Bréfritari: Aðalbjartur Bjarnason (Albert Arnason)
Dagsetning: A-1901-01-14
Skrifað á: Vesturheimi

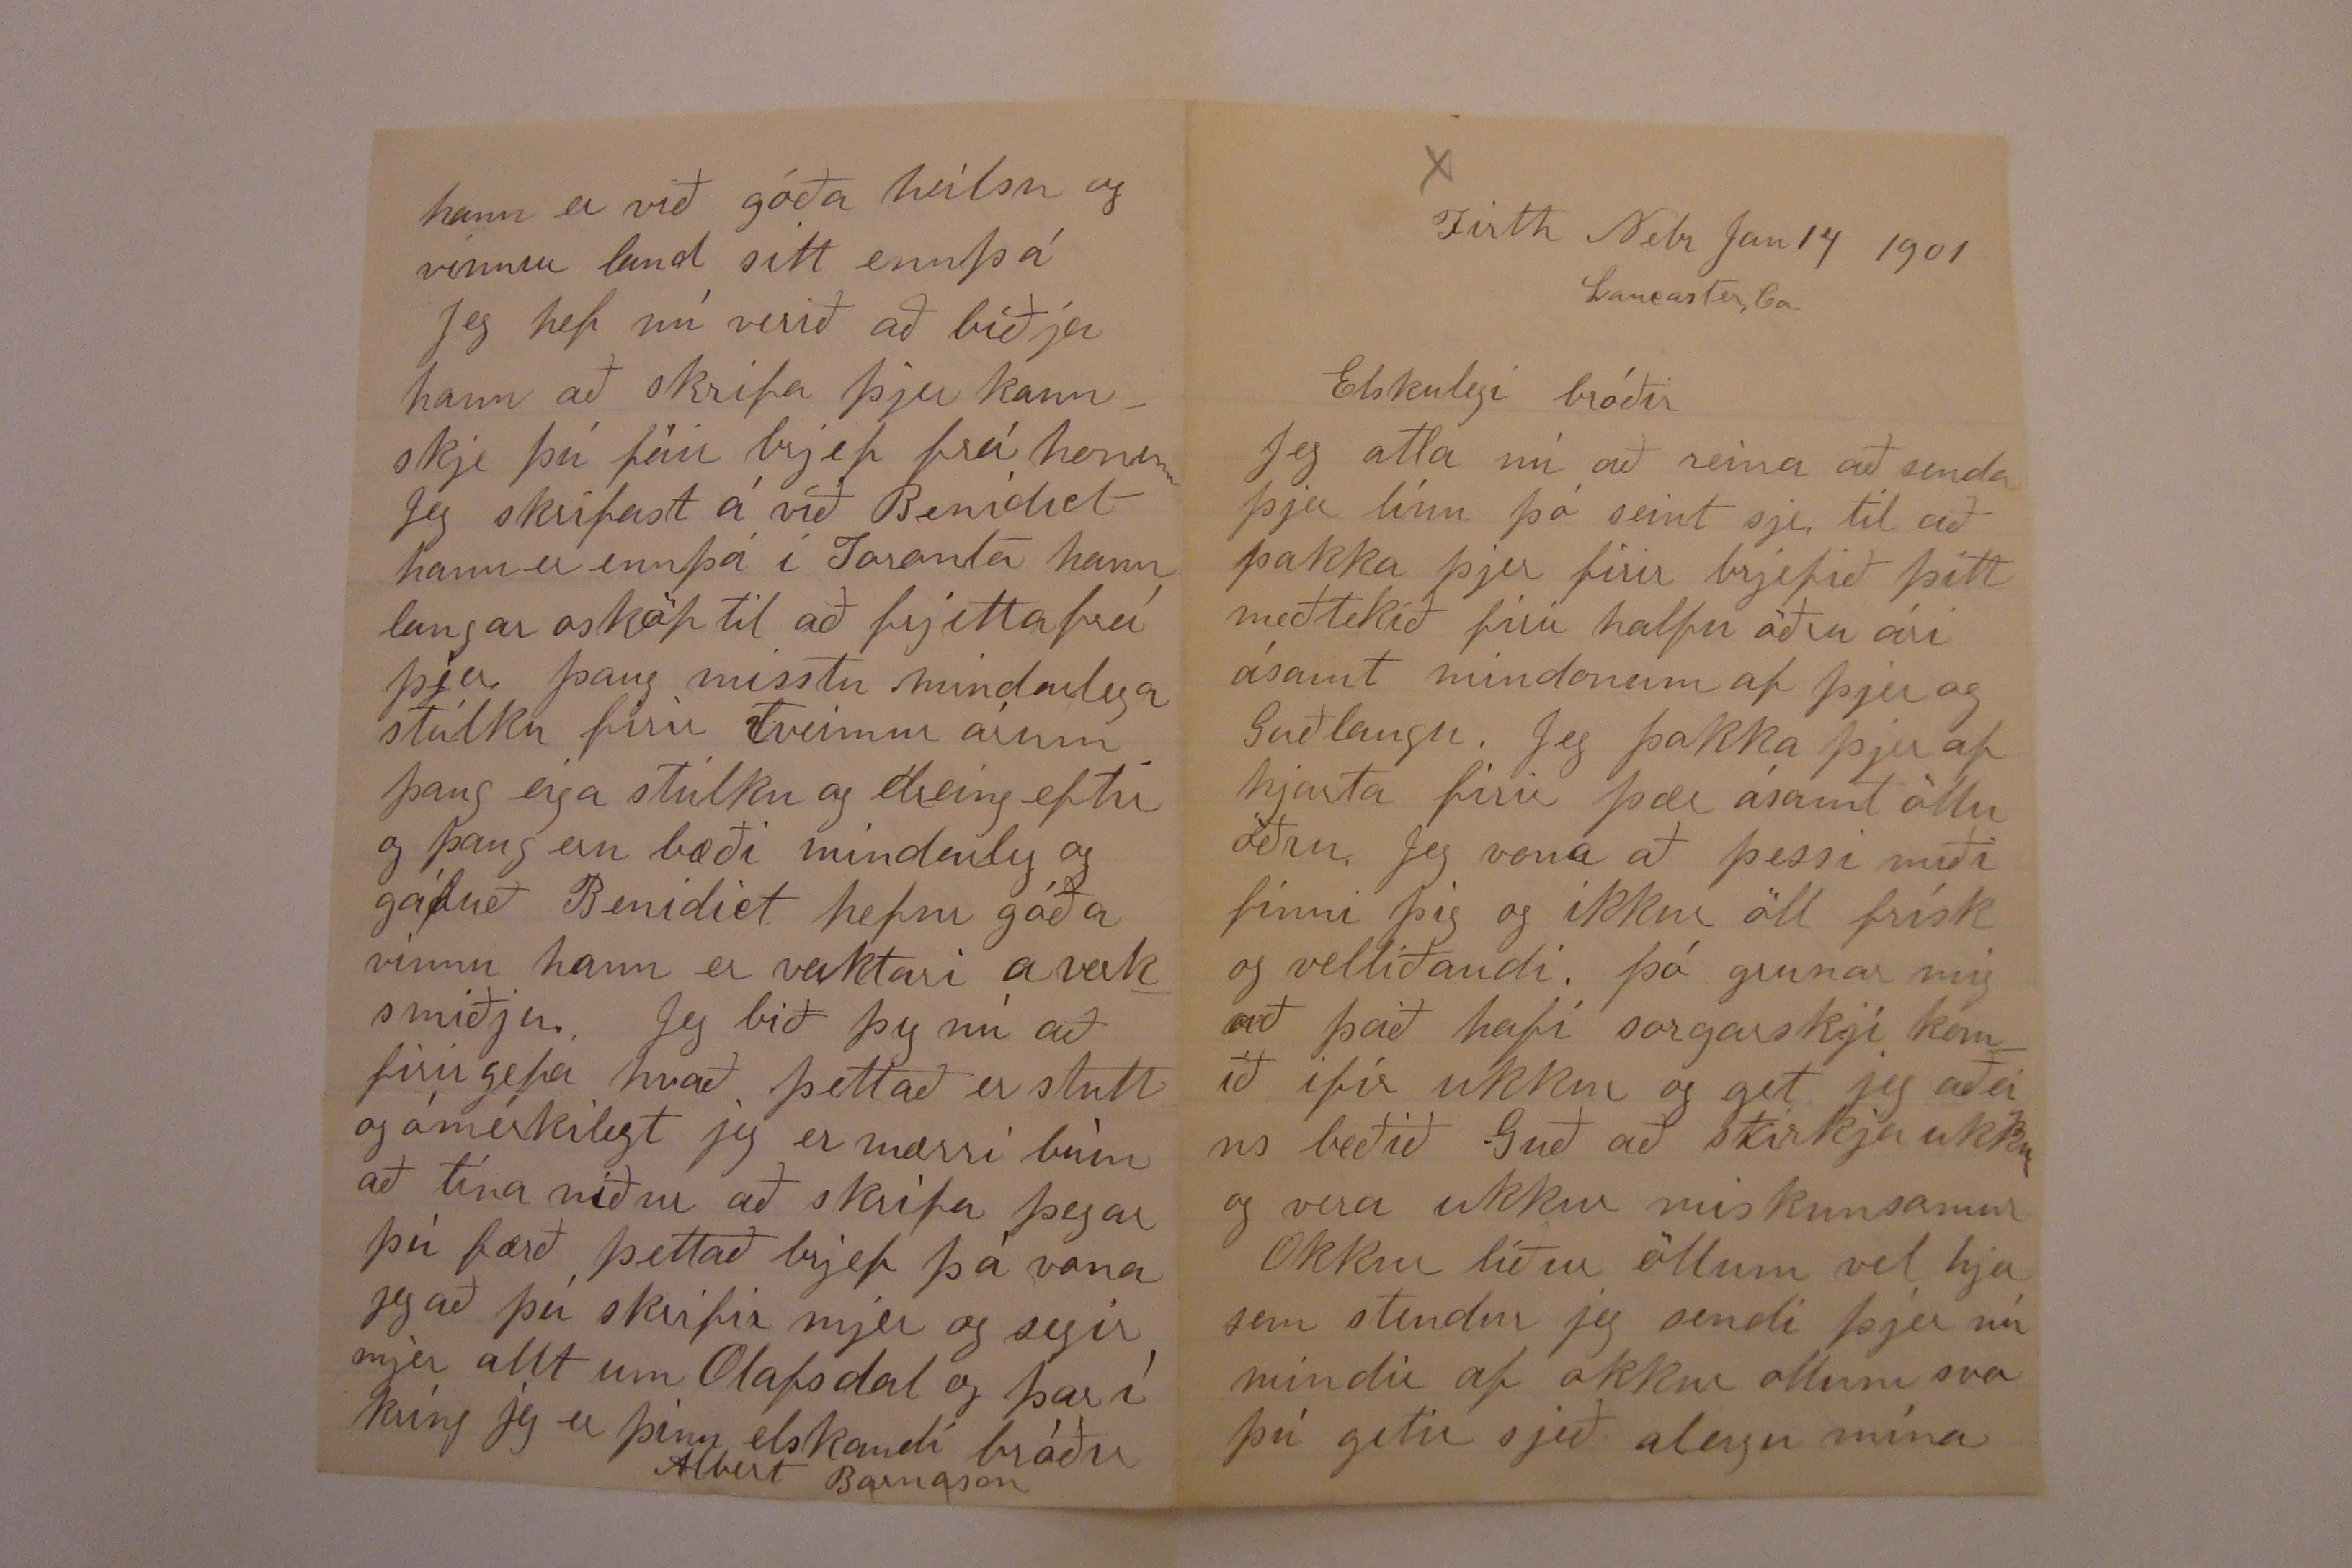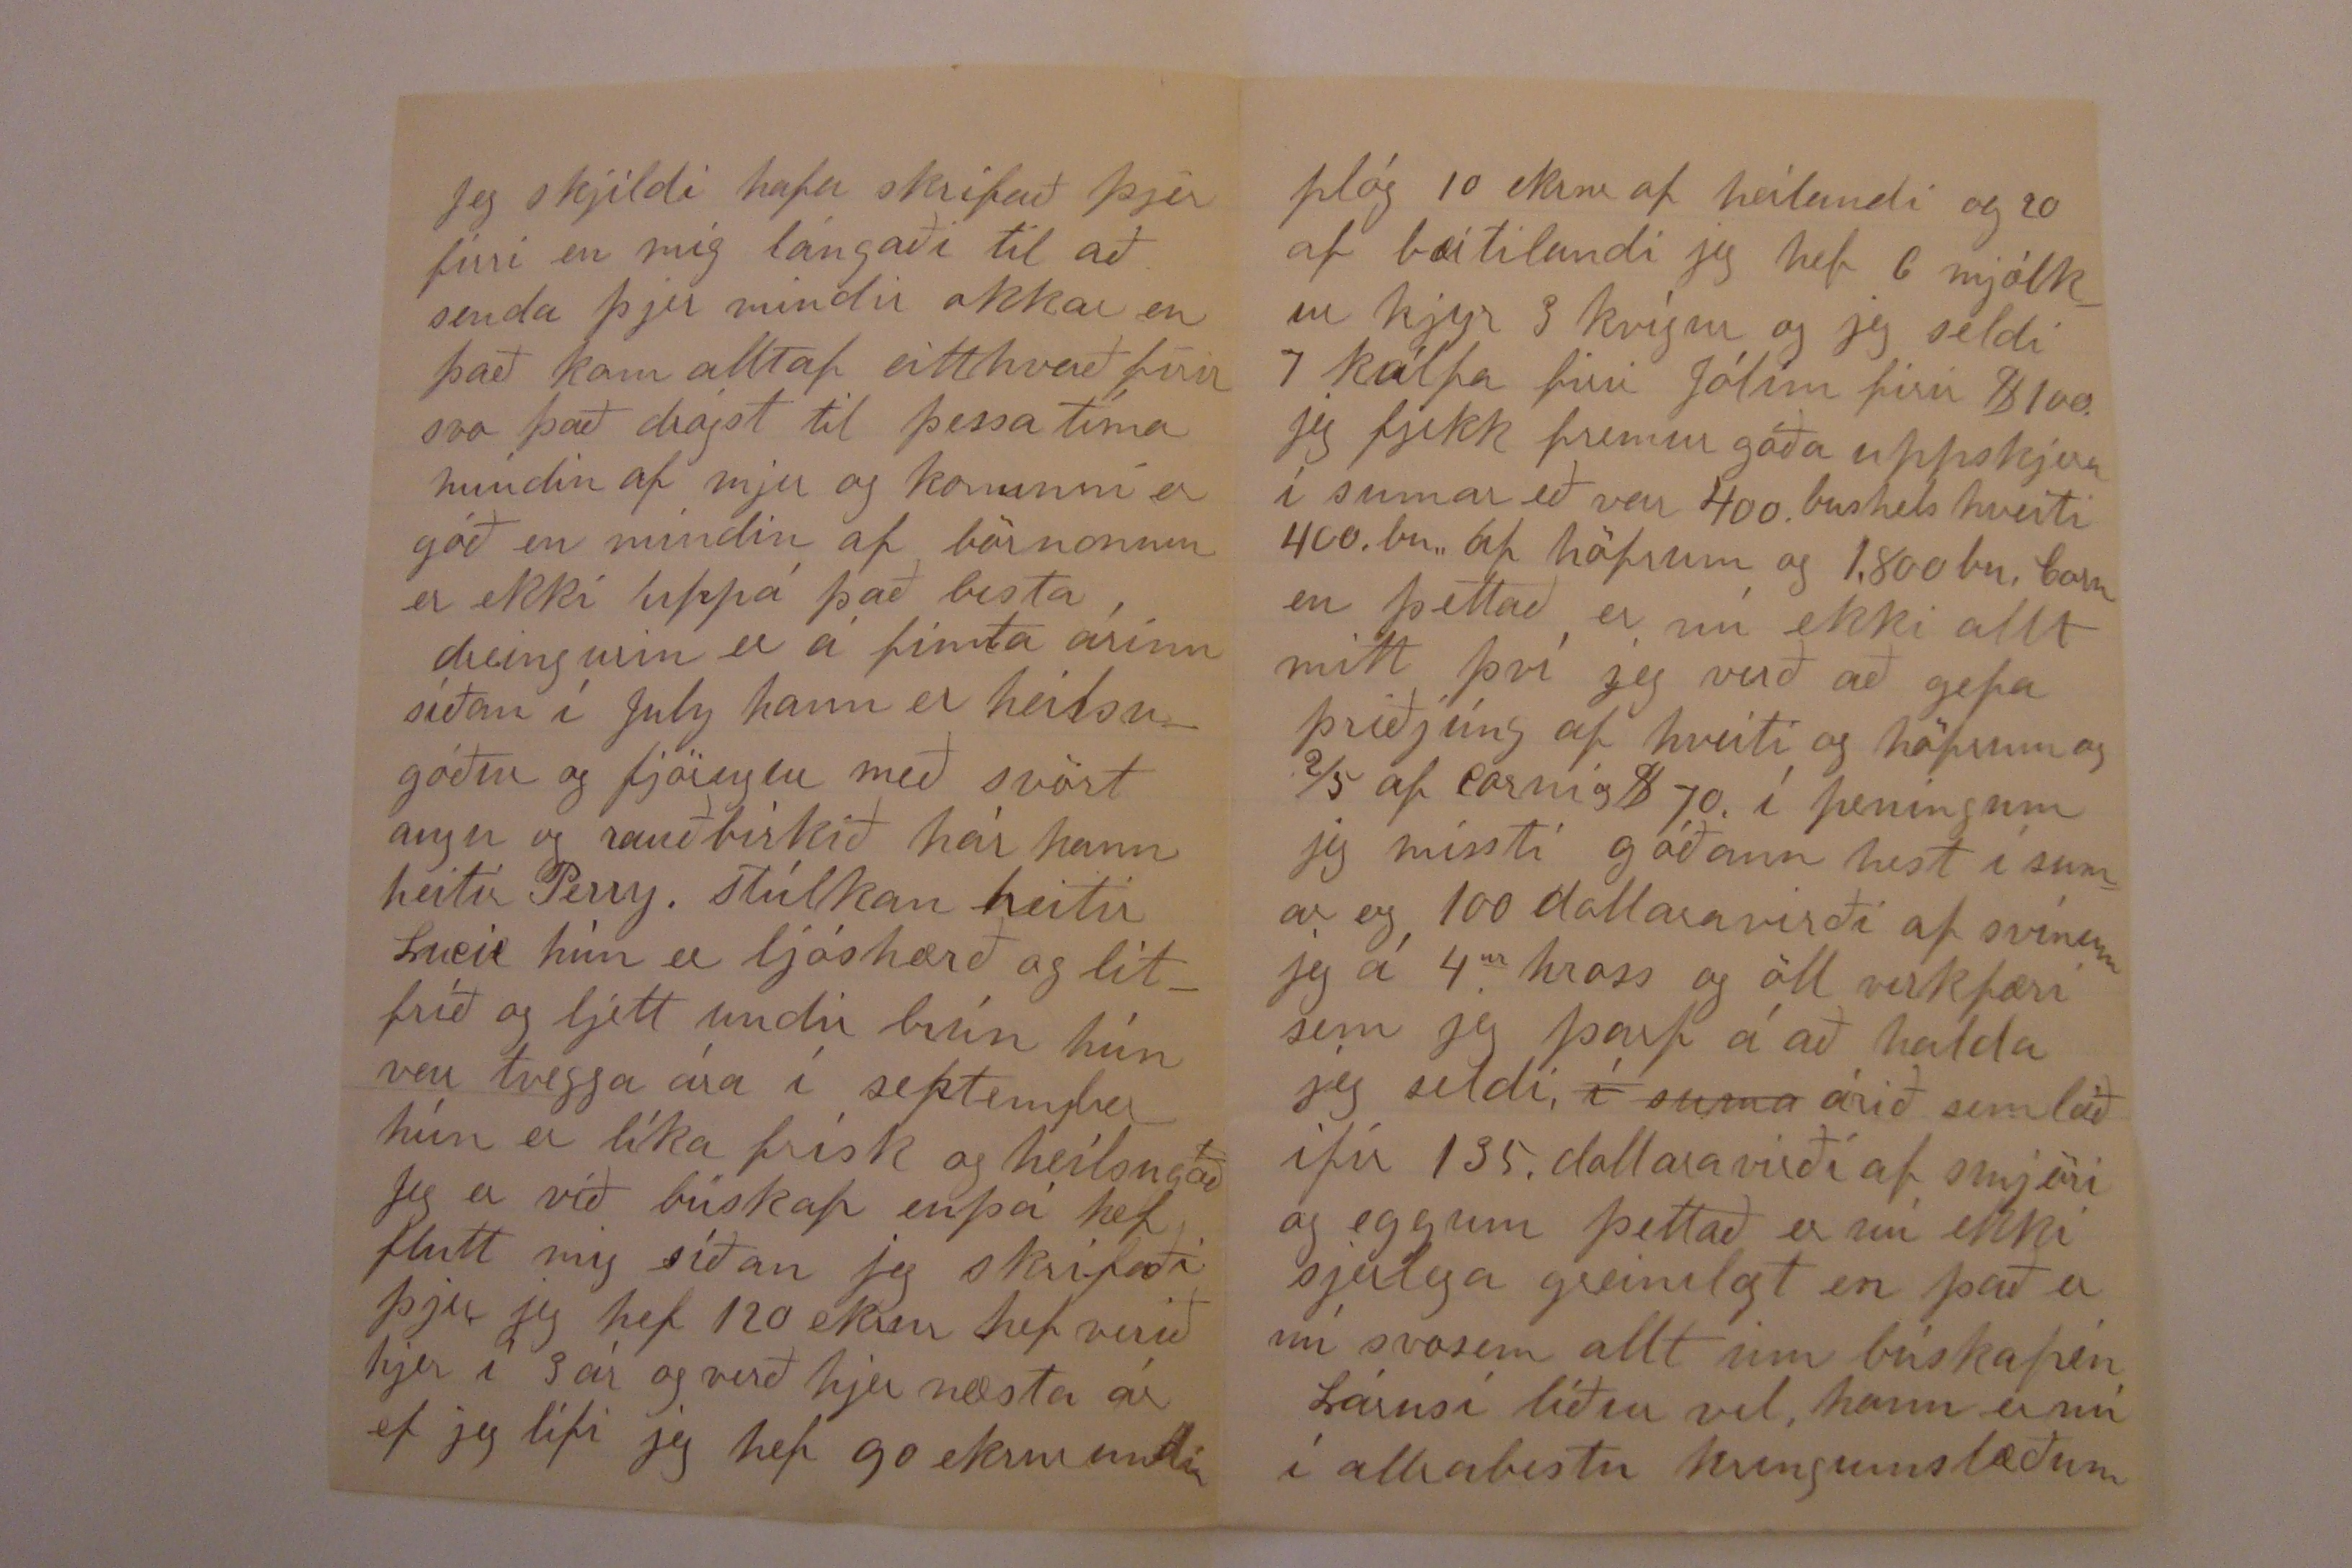

Firth Nebr Jan 14 1901 Lancaster Co.
Elskulegi bróðir
Jeg atla nú að reina að senda þjer línu þó seint sje til að þakka þjer firir brjefið þitt meðtekið firir halfu öðru ári ásamt mindonum af þjer og Guðlaugu. Jeg þakka þjer af hjarta firir þær ásamt öllu öðru. Jeg vona að þessi miði finni þig og ikkur öll frísk og vellíðandi þó grunar mig að það hafi vargaskjí komið ifir ukkur og get jeg aðeins beðið Guð að stirkja ukkur og vera ukkur miskunsamur
Okkur líður öllum vel hjer sem stendur jeg sendi þjer nú mindir af okkur ollum svo þú getir sjeð aleigu mína
Jeg skjildi hafa skrifað þjer firri en mig lángaði til að senda þjer mindir okkar en það kom alltaf eitthvað firir svo það drógst til þessa tíma mindin af mjer og konunni er góð en mindin af börnonum er ekki uppá það besta
dreingurin er á fimta árinu síðan í July hann er heilsugóður og fjörugur með svört augu og rauðbirkið hár hann heitir Perry. Stúlkan heitir Lucie hún er ljóshærð og litfríð og ljett undir brún hún var tvegga ára í september hún er líka frísk og heilsugóð Jeg er er við búskap enþá hef flutt mig síðan jeg skrifaði þjer jeg hef 120 ekrur hef verið hjer í 3 ár og verð hjer næsta ár ef jeg lifi jeg hef 90 ekrur undir
plóg 10 ekrur af heilandi og 20 af beitilandi jeg hef 6 mjólkur kjyr 3 kvígur og jeg seldi 7 kálfa firir Jólin firir $100 jeg fjekk fremur góða uppskjeru í sumar eð var 400. bushels hveiti 400. bu. af höfrum og 1.800 bu. Corn en þettað er nú ekki allt mitt því jeg verð að gefa þriðjúng af hveiti og höfrum og 2/5 af Corni og $70. í peningum jeg missti góðann hest í sumar og 100 dollaravirði af svínum jeg á 4
ur
hross og öll verkfæri sem jeg þarf á að halda jeg seldi
í suma
árið sem leið ifir 135. dollara virði af smjöri og eggum þettað er nú ekki sjerlega greinilegt en það er nú svosem allt um búskapin
Lárusi líður vel, hann er nú í allrabestu kringumstæðum
hann er við góða heilsu og vinnur land sitt ennþá Jeg hef nú verið að biðja hann að skrifa þjer kannskje þú fáir brjef frá honum Jeg skrifast á við Benidict hann er ennþá í Toronto hann langar osköp til að frjetta frá þjer þaug misstu mindarlega stúlku firir tveimur árum þaug eiga stúlku og dreing eftir og þau eru bæði mindarleg og gáfuð Benidict hefur góða vinnu hann er
verktari
a verksmiðju. Jeg bið þig nú að firirgefa hvað þettað er stutt og ómerkilegt jeg er nærri búin að tína niður að skrifa þegar þú færð þettað brjef þá vona jeg að þú skrifir mjer og segir mjer allt um Olafsdal og þar í kríng jeg er þinn elskandi bróðir
Albert Barnason